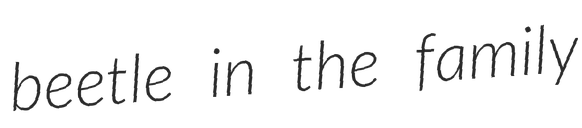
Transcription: beetle in the family